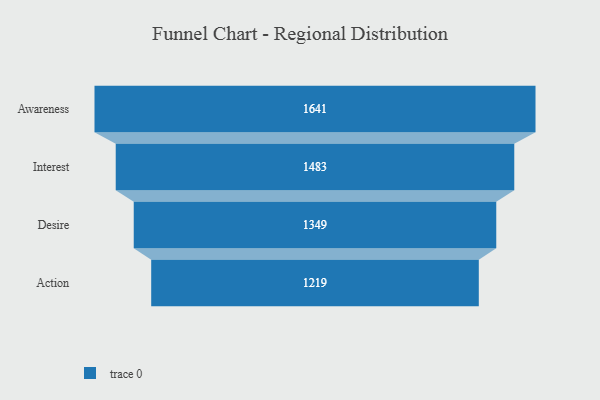
{"axis": {"x": "Stage", "y": "Value"}, "legend": [""], "data": [{"x": "Awareness", "y": 1641.0, "type": ""}, {"x": "Interest", "y": 1483.0, "type": ""}, {"x": "Desire", "y": 1349.0, "type": ""}, {"x": "Action", "y": 1219.0, "type": ""}]}